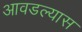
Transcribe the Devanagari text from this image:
आवडल्यास